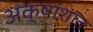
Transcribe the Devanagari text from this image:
अक्षांशात